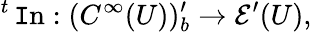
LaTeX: {}^{t}\operatorname{\mathtt{I}n}:(C^{\infty}(U))_{b}^{\prime}\to{\mathcal{{E}}}^{\prime}(U),